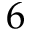
6